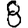
Digit: 8